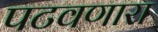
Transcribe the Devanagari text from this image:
पटवणारा